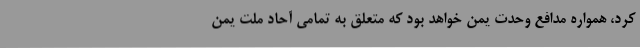
کرد، همواره مدافع وحدت یمن خواهد بود که متعلق به تمامی آحاد ملت یمن